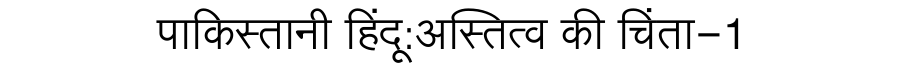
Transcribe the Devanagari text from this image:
पाकिस्तानी हिंदू:अस्तित्व की चिंता-1